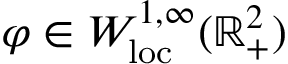
\varphi \in W _ { \mathrm { l o c } } ^ { 1 , \infty } ( \mathbb { R } _ { + } ^ { 2 } )